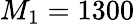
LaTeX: M_{1}=1300